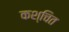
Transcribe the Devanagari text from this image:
कश्चित